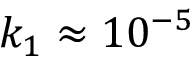
k _ { 1 } \approx 1 0 ^ { - 5 }